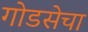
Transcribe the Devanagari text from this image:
गोडसेचा